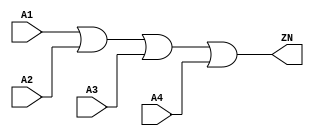
module OR4_X2 (A1, A2, A3, A4, ZN);
  input A1;
  input A2;
  input A3;
  input A4;
  output ZN;
  or(ZN, i_8, A4);
  or(i_8, i_9, A3);
  or(i_9, A1, A2);
  specify
    (A1 => ZN) = (0.1, 0.1);
    (A2 => ZN) = (0.1, 0.1);
    (A3 => ZN) = (0.1, 0.1);
    (A4 => ZN) = (0.1, 0.1);
  endspecify
endmodule